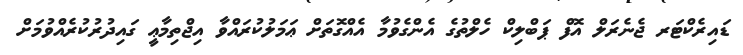
ޑައިރެކްޓަރ ޖެނެރަލް އޮފް ޕަބްލިކް ހެލްތުގެ އެންގެވުމާ އެއްގޮތަށް ޢަމަލުކުރައްވާ އިޖްތިމާޢީ ގައިދުރުކުރެއްވުމަށް